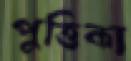
পুত্তিকা